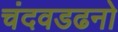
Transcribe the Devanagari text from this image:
चंदवडढनो